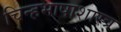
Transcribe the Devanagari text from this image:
चिन्हभाषाशास्त्र